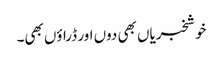
خوشخبریاں بھی دوں اور ڈراؤں بھی۔